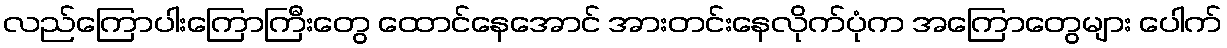
လည်ကြောပါးကြောကြီးတွေ ထောင်နေအောင် အားတင်းနေလိုက်ပုံက အကြောတွေများ ပေါက်